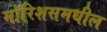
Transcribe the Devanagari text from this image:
मॉरिशसमधील